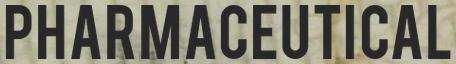
PHARMACEUTICAL